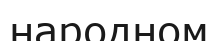
народном